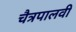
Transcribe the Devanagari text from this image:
चैत्रपालवी